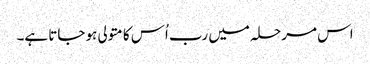
اس مرحلہ میں رب اُس کا متولی ہو جاتا ہے۔